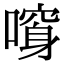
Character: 𠾮